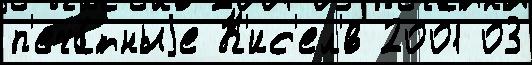
п'еча́тныjе К'ис'ел'́в 2001 03